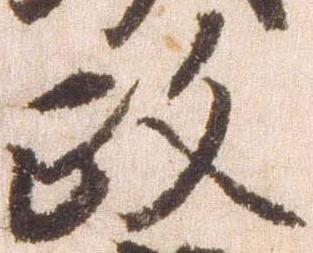
政